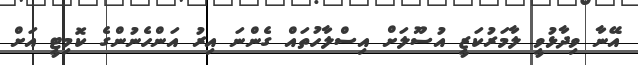
އޭނާ ވިދާޅުވީ ލާމަރުކަޒީ އުސޫލަށް އިސްލާހުތައް ގެންނަ އިރު އަންހެނުންގެ ކޮމިޓީ އަށް